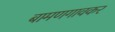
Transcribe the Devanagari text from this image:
बामणगावकर